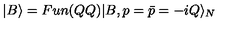
| B \rangle = F u n ( Q Q ) | B , p = \bar { p } = - i Q \rangle _ { N }